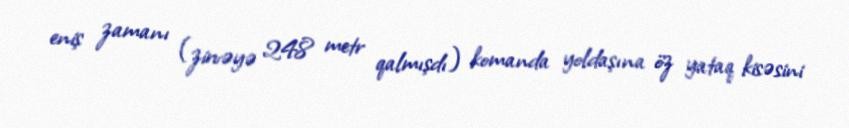
eniş zamanı (zirvəyə 248 metr qalmışdı) komanda yoldaşına öz yataq kisəsini